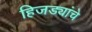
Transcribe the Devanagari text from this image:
हिजड्यांचे